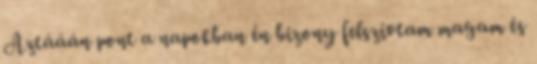
Aztááán pont a napokban én bizony felszívtam magam és